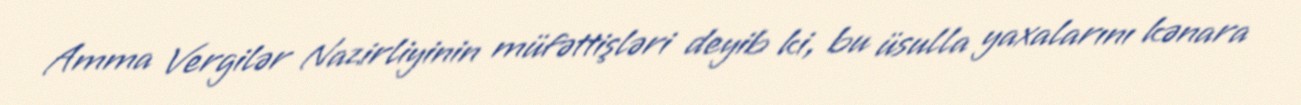
Amma Vergilər Nazirliyinin müfəttişləri deyib ki, bu üsulla yaxalarını kənara